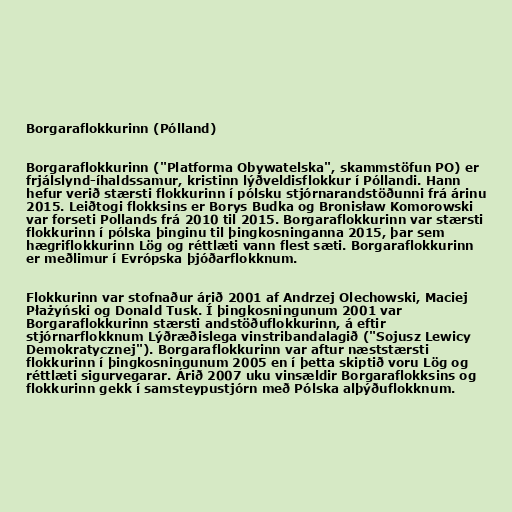
Borgaraflokkurinn (Pólland)

Borgaraflokkurinn ("Platforma Obywatelska", skammstöfun PO) er
frjálslynd-íhaldssamur, kristinn lýðveldisflokkur í Póllandi. Hann
hefur verið stærsti flokkurinn í pólsku stjórnarandstöðunni frá árinu
2015. Leiðtogi flokksins er Borys Budka og Bronisław Komorowski
var forseti Pollands frá 2010 til 2015. Borgaraflokkurinn var stærsti
flokkurinn í pólska þinginu til þingkosninganna 2015, þar sem
hægriflokkurinn Lög og réttlæti vann flest sæti. Borgaraflokkurinn
er meðlimur í Evrópska þjóðarflokknum.

Flokkurinn var stofnaður árið 2001 af Andrzej Olechowski, Maciej
Płażyński og Donald Tusk. Í þingkosningunum 2001 var
Borgaraflokkurinn stærsti andstöðuflokkurinn, á eftir
stjórnarflokknum Lýðræðislega vinstribandalagið ("Sojusz Lewicy
Demokratycznej"). Borgaraflokkurinn var aftur næststærsti
flokkurinn í þingkosningunum 2005 en í þetta skiptið voru Lög og
réttlæti sigurvegarar. Árið 2007 uku vinsældir Borgaraflokksins og
flokkurinn gekk í samsteypustjórn með Pólska alþýðuflokknum.